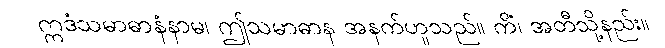
ဣဒံသမာဓာနံနာမ၊ ဤသမာဓာန အနက်ဟူသည်။ ကိံ၊ အတီသို့နည်း။